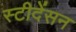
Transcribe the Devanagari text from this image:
स्टीदेंसन